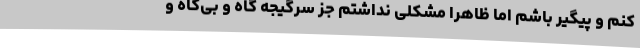
کنم و پیگیر باشم اما ظاهراً مشکلی نداشتم جز سرگیجه گاه و بی‌گاه و